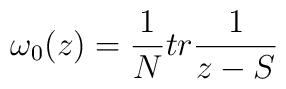
\omega_0 (z) = {1\over N} tr {1 \over z - S}